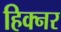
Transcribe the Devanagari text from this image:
हिक्नर